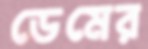
ডেমের